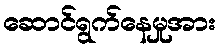
ဆောင်ရွက်နေမှုအား